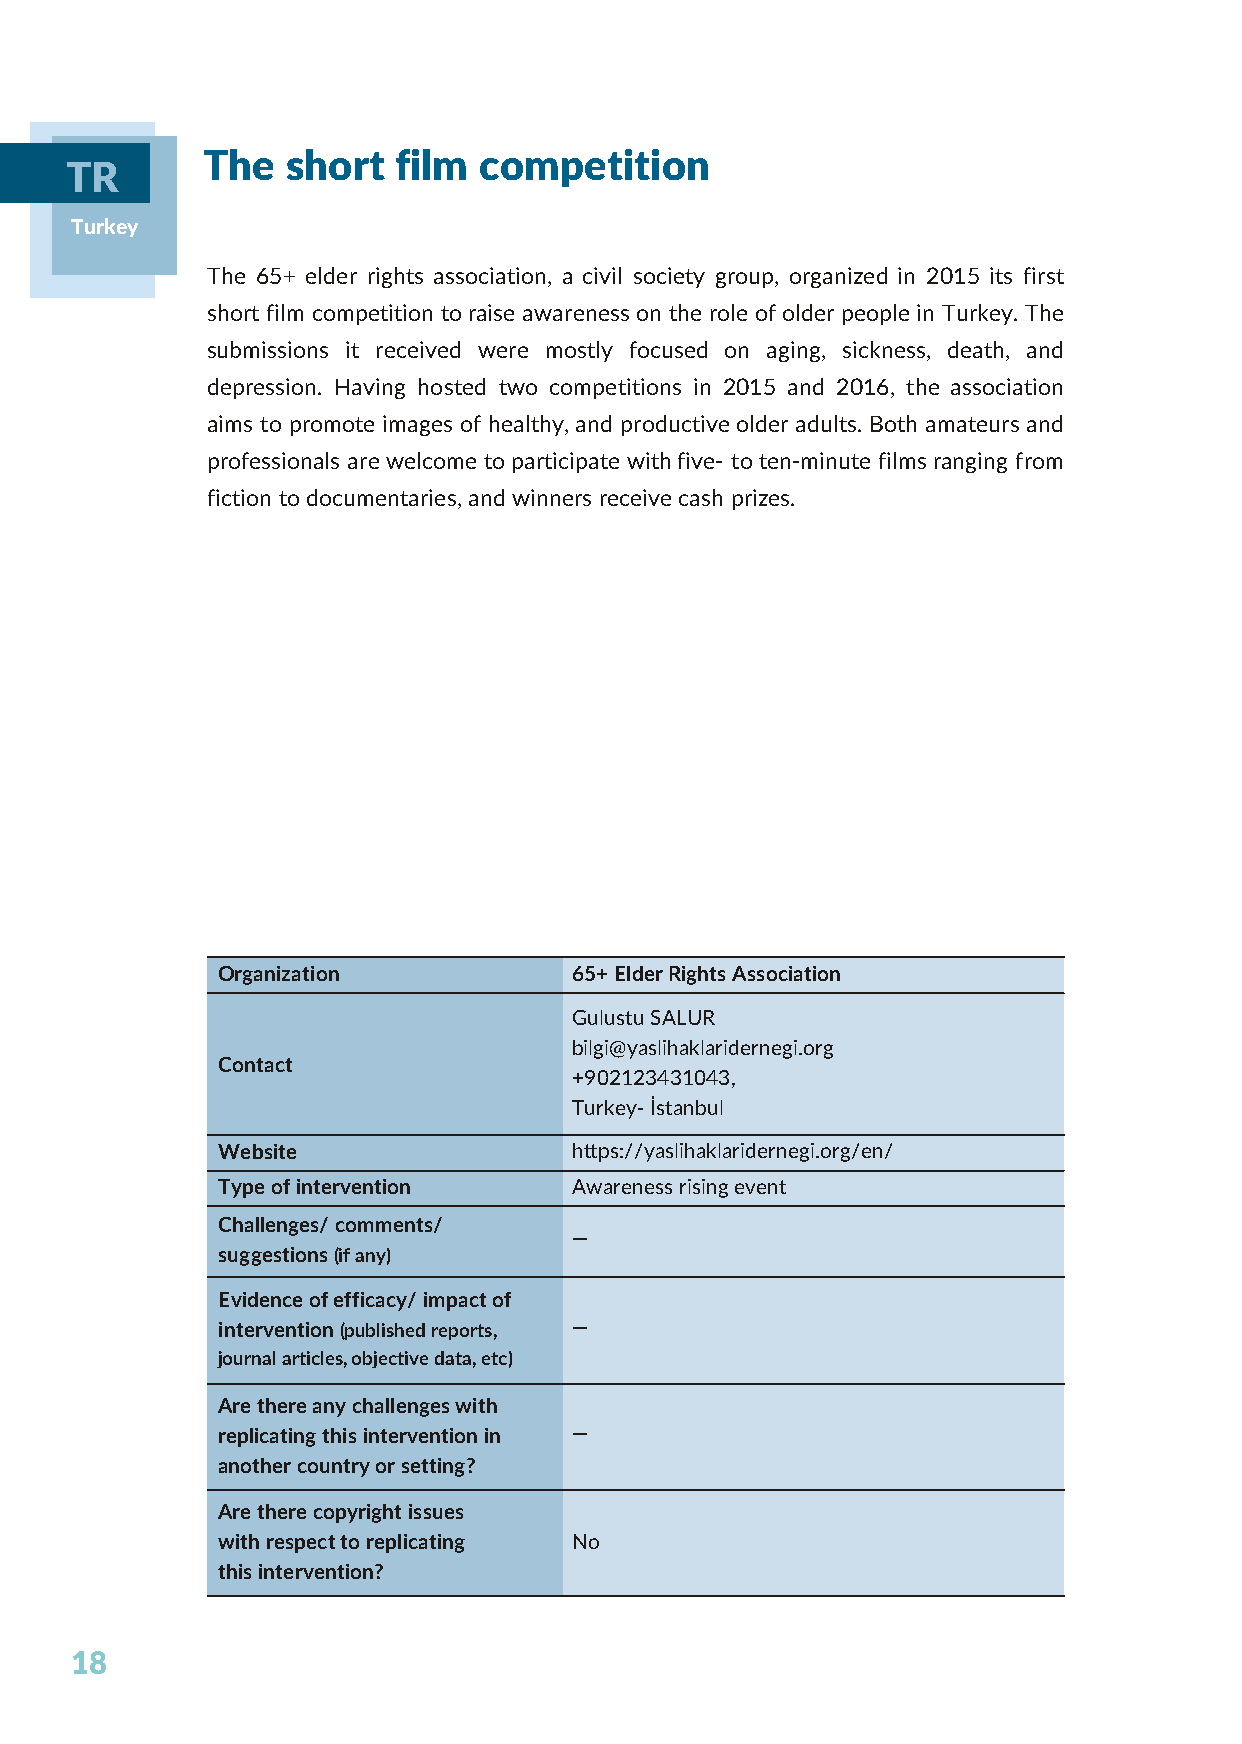
The   short  film  competition
 TR
 Turkey
 The 65+ elder rights association, a civil society group, organized in 2015 its first
 short film competition to raise awareness on the role of older people in Turkey. The
 submissions it received were mostly focused on aging, sickness, death, and
 depression. Having hosted two competitions in 2015 and 2016, the association
 aims to promote images of healthy, and productive older adults. Both amateurs and
 professionals are welcome to participate with five- to ten-minute films ranging from
 fiction to documentaries, and winners receive cash prizes.
 Organization            65+ Elder Rights Association
 Gulustu SALUR
 bilgi@yaslihaklaridernegi.org
 Contact
 +902123431043,
 Turkey- Ýstanbul
 Website                 https://yaslihaklaridernegi.org/en/
 Type of intervention    Awareness rising event
 Challenges/ comments/
 —
 suggestions (if any)
 Evidence of efficacy/ impact of
 intervention (published reports, —
 journal articles, objective data, etc)
 Are there any challenges with
 replicating this intervention in —
 another country or setting?
 Are there copyright issues
 with respect to replicating No
 this intervention?
 18